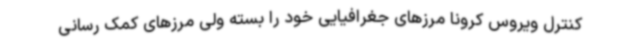
کنترل ویروس کرونا مرزهای جغرافیایی خود را بسته ولی مرزهای کمک رسانی